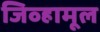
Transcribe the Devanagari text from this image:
जिव्हामूल